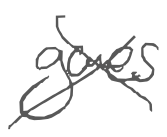
Text: goes
Cross-out: cross
Writing tool: digital_gray